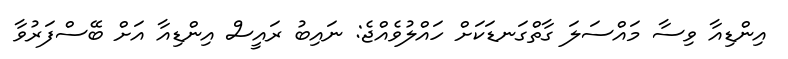
އިންޑިއާ ވިސާ މައްސަލަ ގާތްގަނޑަކަށް ހައްލުވެއްޖެ: ނައިބު ރައީސް އިންޑިއާ އަށް ބޭސްފަރުވާ